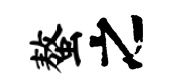
螯之